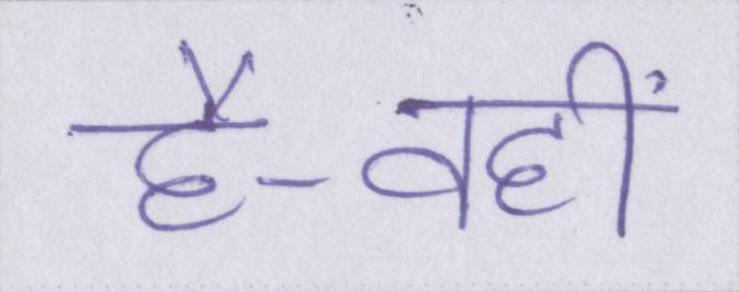
है-वहीं